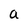
Character: a